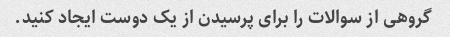
گروهی از سوالات را برای پرسیدن از یک دوست ایجاد کنید.